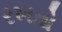
રખતો